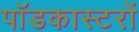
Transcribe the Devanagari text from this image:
पॉडकास्टरों